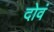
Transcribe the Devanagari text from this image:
दोवं